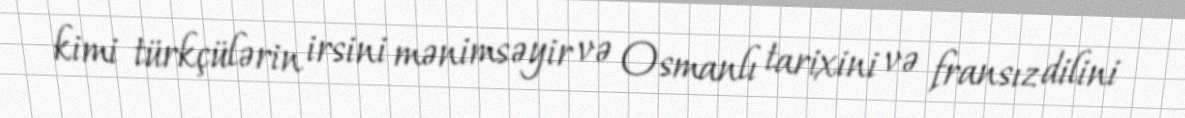
kimi türkçülərin irsini mənimsəyir və Osmanlı tarixini və fransız dilini